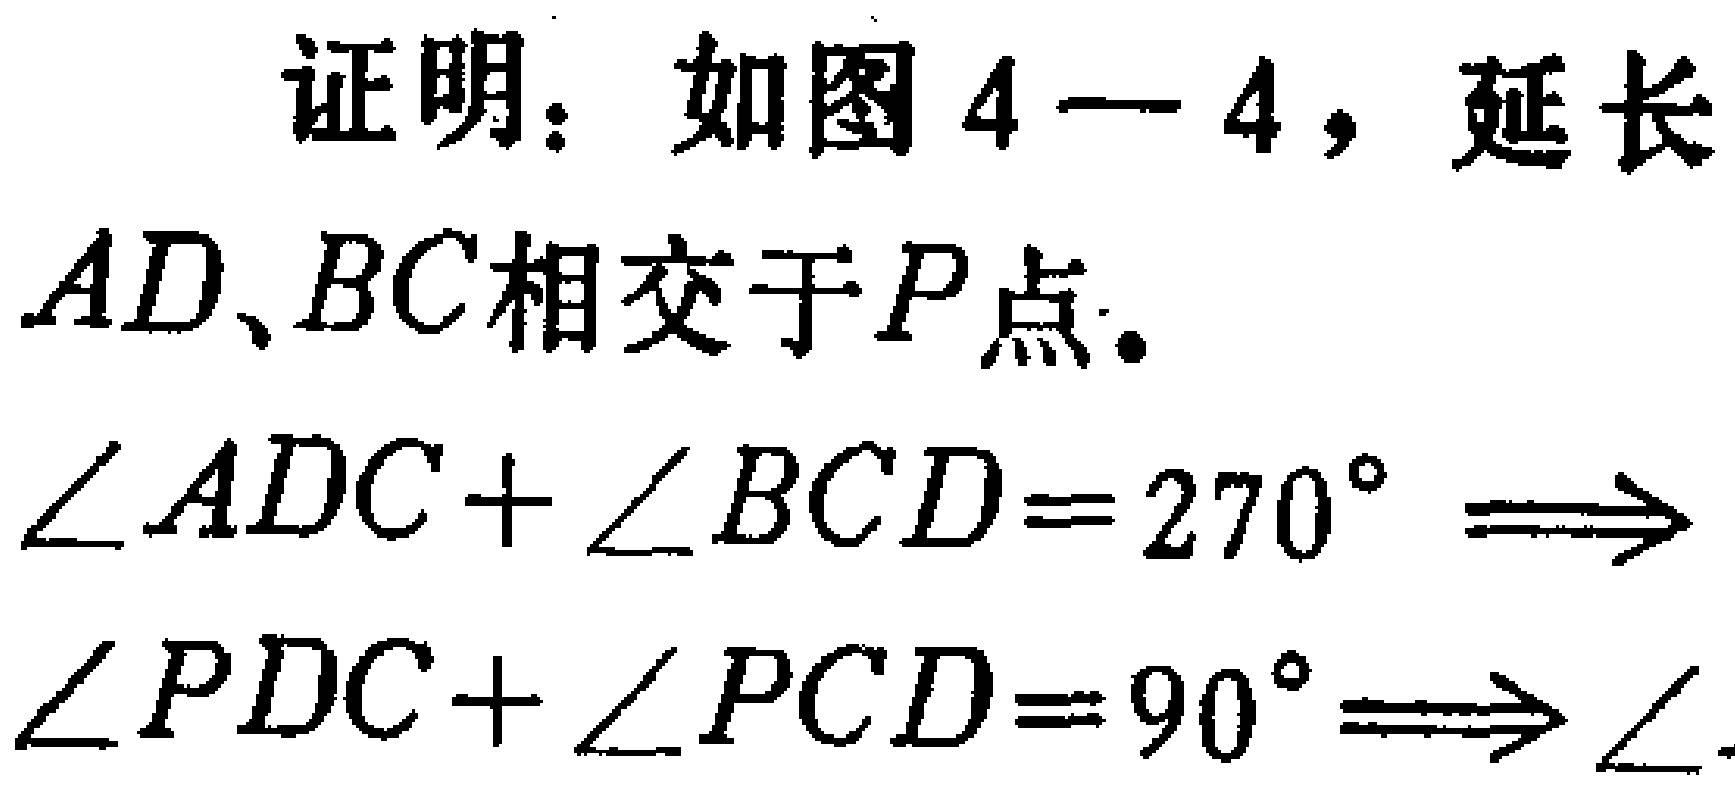
证明：如图4-4，延长

\(AD、BC\)相交于\(P\)点。

\(\angle ADC+\angle BCD = 270^{\circ}\Rightarrow\)

\(\angle PDC+\angle PCD = 90^{\circ}\Rightarrow\)